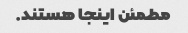
مطمئن اینجا هستند.